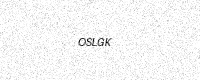
Text: OSLGK